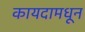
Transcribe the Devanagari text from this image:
कायदामधून